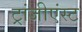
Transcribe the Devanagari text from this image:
ट्रांजीएंस्ट